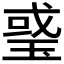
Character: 𤦂